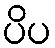
ပိပ